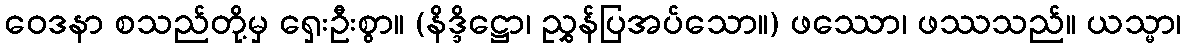
ဝေဒနာ စသည်တို့မှ ရှေးဦးစွာ။ (နိဒ္ဒိဋ္ဌော၊ ညွှန်ပြအပ်သော။) ဖဿော၊ ဖဿသည်။ ယသ္မာ၊